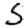
Digit: 5